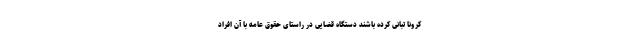
کرونا تبانی‌ کرده باشند دستگاه قضایی در راستای حقوق عامه با آن افراد